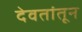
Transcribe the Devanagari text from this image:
देवतांतून